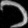
Digit: ၁